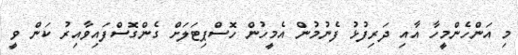
މި އަންހެންމީހާ އާއި ދަރިފުޅު ފެނުމުން އެމީހުން ހޮސްޕިޓަލަށް ގެންގޮސްފައިވާއިރު ކަން ވީ